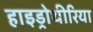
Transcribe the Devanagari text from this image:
हाइड्रोथीरिया